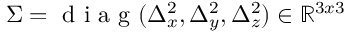
\Sigma = \mathrm { ~ d ~ i ~ a ~ g ~ } ( \Delta _ { x } ^ { 2 } , \Delta _ { y } ^ { 2 } , \Delta _ { z } ^ { 2 } ) \in { \mathbb { R } } ^ { 3 x 3 }